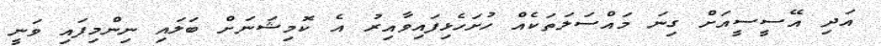
އަދި އޭސީސީއަށް ގިނަ މައްސަލަތަކެއް ހުށަހެޅިފައިވާއިރު އެ ކޮމިޝަނަށް ބަލައި ނިންމިފައި ވަނީ